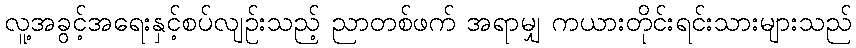
လူ့အခွင့်အရေးနှင့်စပ်လျဉ်းသည့် ညာတစ်ဖက် အရာမျှ ကယားတိုင်းရင်းသားများသည်